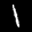
Label: 1